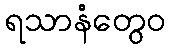
ရသာနံတွေဝ